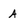
Character: A